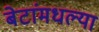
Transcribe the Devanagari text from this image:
बेटांमधल्या